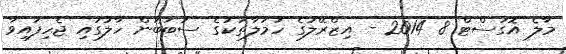
މާލެ އޮގަސްޓް 8 2014 - އިޒްރޭލުގެ ހަމަލާތަކުގެ ސަބަބުން ހާލުގައި ޖެހިފައިވާ